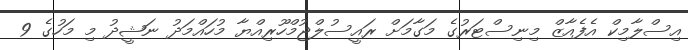
އިސްލާމިކް އެފެއާޒް މިނިސްޓަރުގެ މަގާމަށް ރައީސުލްޖުމްހޫރިއްޔާ މުހައްމަދު ނަޝީދު މި މަހުގެ 9